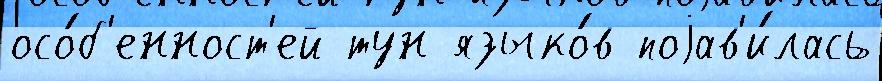
осо́б'енност'ей тун языко́в поjав'и́лась